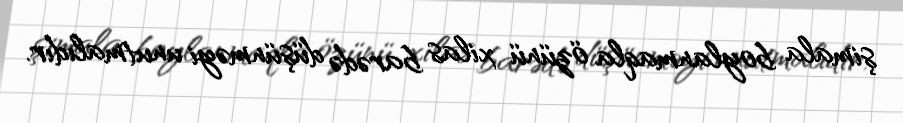
şimala boylanmaqla özünü xilas barədə düşünməyi unutmalıdır.